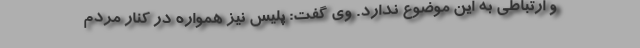
و ارتباطی به این موضوع ندارد. وی گفت: پلیس نیز همواره در کنار مردم